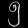
Digit: ၅